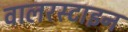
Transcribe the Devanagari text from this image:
वालरस्टाइन